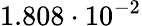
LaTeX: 1.808\cdot 10^{-2}